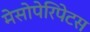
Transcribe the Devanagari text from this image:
मेसोपेरिपेटस